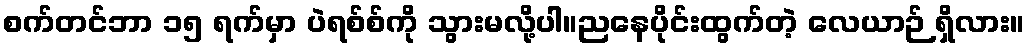
စက်တင်ဘာ ၁၅ ရက်မှာ ပဲရစ်စ်ကို သွားမလို့ပါ။ညနေပိုင်းထွက်တဲ့ လေယာဉ် ရှိလား။